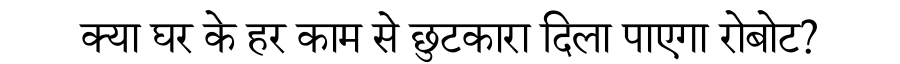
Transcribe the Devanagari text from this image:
क्या घर के हर काम से छुटकारा दिला पाएगा रोबोट?